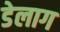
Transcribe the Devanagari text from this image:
डेलाग